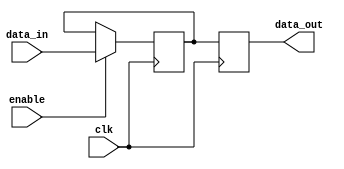
module variable_width_bypass_register (
    input wire clk,
    input wire [31:0] data_in,
    input wire enable,
    output wire [31:0] data_out
);

reg [31:0] data;
reg [31:0] storage_register;

always @(posedge clk) begin
    if(enable) begin
        storage_register <= data_in;
    end
    data <= storage_register;
end

assign data_out = data;

endmodule